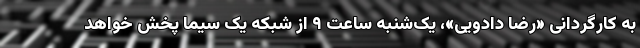
به کارگردانی «رضا دادویی»، یک‌شنبه ساعت ۹ از شبکه یک سیما پخش خواهد